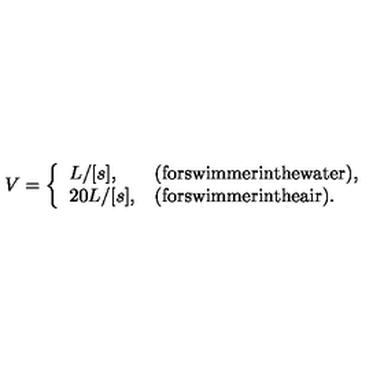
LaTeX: V = \left\{ \begin{array} { l l } { L / [ s ] , } & { \mathrm { ( f o r s w i m m e r i n t h e w a t e r ) , } \nonumber } \\ { 2 0 L / [ s ] , } & { \mathrm { ( f o r s w i m m e r i n t h e a i r ) . } } \\ \end{array} \right.